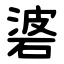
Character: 碆